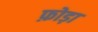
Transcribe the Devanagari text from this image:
फ़ोड़ा